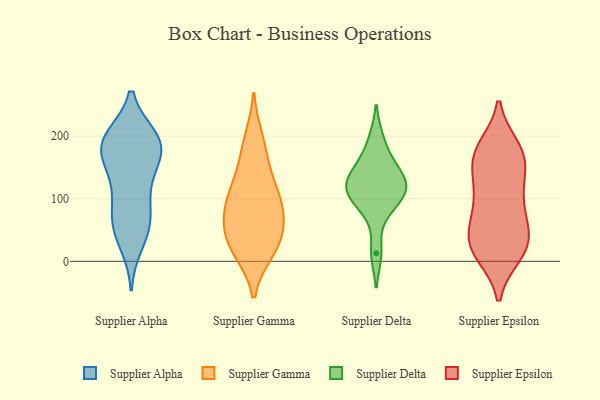
{"axis": {"x": "Satisfaction Score", "y": "Value"}, "legend": ["Supplier Alpha", "Supplier Delta", "Supplier Epsilon", "Supplier Gamma"], "data": [{"x": "", "y": 79, "type": "Supplier Alpha"}, {"x": "", "y": 174, "type": "Supplier Alpha"}, {"x": "", "y": 188, "type": "Supplier Alpha"}, {"x": "", "y": 164, "type": "Supplier Alpha"}, {"x": "", "y": 197, "type": "Supplier Alpha"}, {"x": "", "y": 197, "type": "Supplier Alpha"}, {"x": "", "y": 55, "type": "Supplier Alpha"}, {"x": "", "y": 99, "type": "Supplier Alpha"}, {"x": "", "y": 28, "type": "Supplier Alpha"}, {"x": "", "y": 139, "type": "Supplier Alpha"}, {"x": "", "y": 49, "type": "Supplier Alpha"}, {"x": "", "y": 131, "type": "Supplier Alpha"}, {"x": "", "y": 195, "type": "Supplier Alpha"}, {"x": "", "y": 191, "type": "Supplier Alpha"}, {"x": "", "y": 180, "type": "Supplier Alpha"}, {"x": "", "y": 68, "type": "Supplier Alpha"}, {"x": "", "y": 75, "type": "Supplier Gamma"}, {"x": "", "y": 172, "type": "Supplier Gamma"}, {"x": "", "y": 194, "type": "Supplier Gamma"}, {"x": "", "y": 17, "type": "Supplier Gamma"}, {"x": "", "y": 127, "type": "Supplier Gamma"}, {"x": "", "y": 102, "type": "Supplier Gamma"}, {"x": "", "y": 79, "type": "Supplier Gamma"}, {"x": "", "y": 35, "type": "Supplier Gamma"}, {"x": "", "y": 113, "type": "Supplier Gamma"}, {"x": "", "y": 67, "type": "Supplier Gamma"}, {"x": "", "y": 18, "type": "Supplier Gamma"}, {"x": "", "y": 36, "type": "Supplier Gamma"}, {"x": "", "y": 117, "type": "Supplier Delta"}, {"x": "", "y": 195, "type": "Supplier Delta"}, {"x": "", "y": 13, "type": "Supplier Delta"}, {"x": "", "y": 118, "type": "Supplier Delta"}, {"x": "", "y": 83, "type": "Supplier Delta"}, {"x": "", "y": 153, "type": "Supplier Delta"}, {"x": "", "y": 152, "type": "Supplier Delta"}, {"x": "", "y": 97, "type": "Supplier Delta"}, {"x": "", "y": 122, "type": "Supplier Delta"}, {"x": "", "y": 120, "type": "Supplier Delta"}, {"x": "", "y": 52, "type": "Supplier Epsilon"}, {"x": "", "y": 137, "type": "Supplier Epsilon"}, {"x": "", "y": 28, "type": "Supplier Epsilon"}, {"x": "", "y": 38, "type": "Supplier Epsilon"}, {"x": "", "y": 82, "type": "Supplier Epsilon"}, {"x": "", "y": 23, "type": "Supplier Epsilon"}, {"x": "", "y": 166, "type": "Supplier Epsilon"}, {"x": "", "y": 85, "type": "Supplier Epsilon"}, {"x": "", "y": 144, "type": "Supplier Epsilon"}, {"x": "", "y": 102, "type": "Supplier Epsilon"}, {"x": "", "y": 175, "type": "Supplier Epsilon"}, {"x": "", "y": 14, "type": "Supplier Epsilon"}, {"x": "", "y": 115, "type": "Supplier Epsilon"}, {"x": "", "y": 172, "type": "Supplier Epsilon"}, {"x": "", "y": 175, "type": "Supplier Epsilon"}, {"x": "", "y": 51, "type": "Supplier Epsilon"}, {"x": "", "y": 17, "type": "Supplier Epsilon"}, {"x": "", "y": 181, "type": "Supplier Epsilon"}, {"x": "", "y": 12, "type": "Supplier Epsilon"}]}